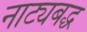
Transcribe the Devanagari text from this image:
नाट्यबद्ध